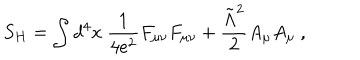
S _ { H } = \int d ^ { 4 } x \ { \frac { 1 } { 4 e ^ { 2 } } } F _ { \mu \nu } F _ { \mu \nu } + { \frac { \tilde { \Lambda } ^ { 2 } } { 2 } } A _ { \mu } A _ { \mu } \ ,